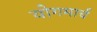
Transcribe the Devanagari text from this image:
योगमार्च